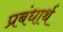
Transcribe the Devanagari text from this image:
प्रबंधार्थ